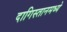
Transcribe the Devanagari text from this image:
दागिस्तानमध्ये